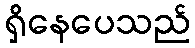
ရှိနေပေသည်